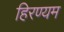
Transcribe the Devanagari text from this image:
हिरण्यम